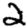
Digit: 2